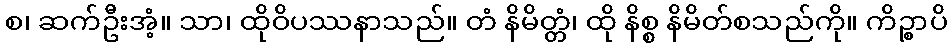
စ၊ ဆက်ဦးအံ့။ သာ၊ ထိုဝိပဿနာသည်။ တံ နိမိတ္တံ၊ ထို နိစ္စ နိမိတ်စသည်ကို။ ကိဉ္စာပိ